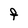
Character: F